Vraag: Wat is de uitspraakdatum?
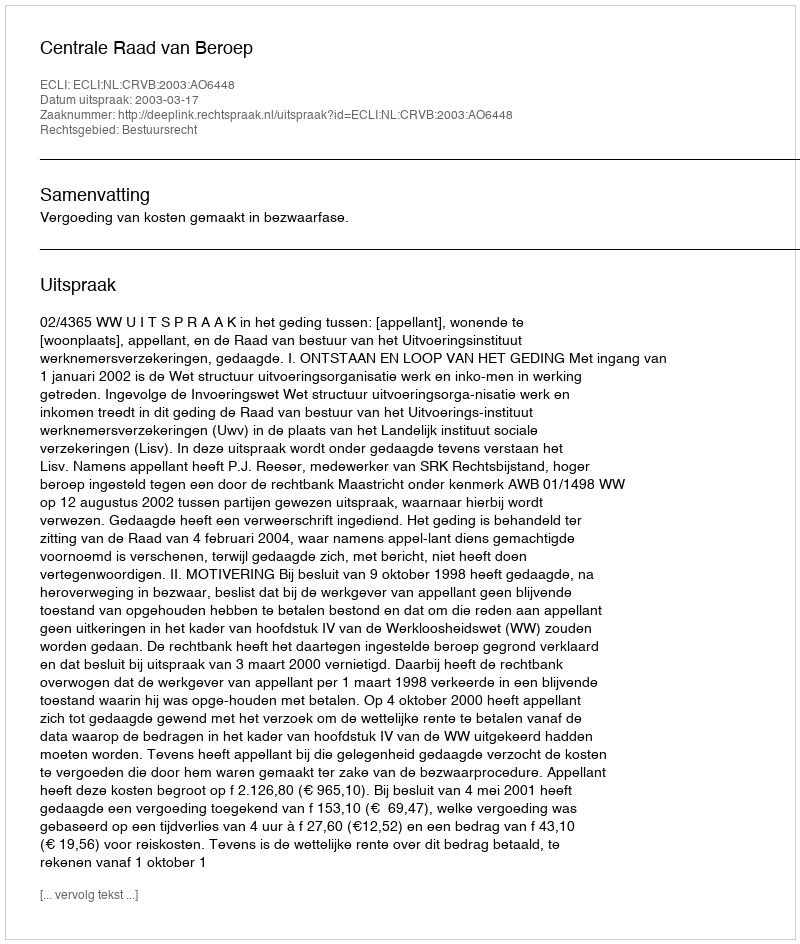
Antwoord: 2003-03-17